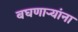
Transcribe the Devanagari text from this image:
बघणाऱ्यांना